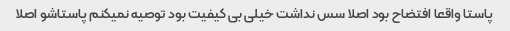
پاستا واقعا افتضاح بود اصلا سس نداشت خیلی بی کیفیت بود توصیه نمیکنم پاستاشو اصلا